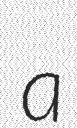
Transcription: a